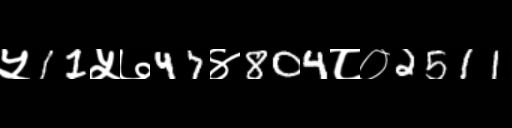
Text: ५11५७47४804८०2511